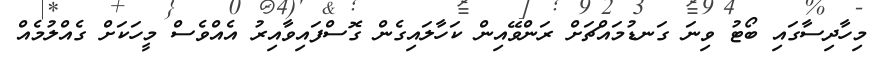
މިހާދިސާގައި ބޯޓު ވިނަ ގަނޑުމައްޗަށް ރަންވޭއިން ކަހާލައިގެން ގޮސްފައިވާއިރު އެއްވެސް މީހަކަށް ގެއްލުމެއް